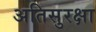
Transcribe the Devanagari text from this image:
अतिसुरक्षा